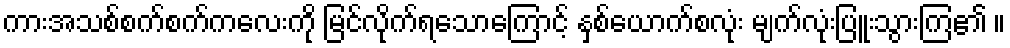
ကားအသစ်စက်စက်ကလေးကို မြင်လိုက်ရသောကြောင့် နှစ်ယောက်စလုံး မျက်လုံးပြူးသွားကြ၏ ။